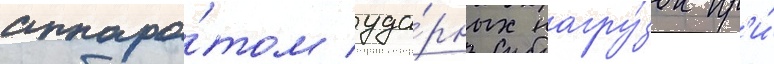
аппара́том уда́рных нагру́зок пр'и́